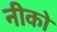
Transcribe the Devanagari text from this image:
नीको